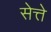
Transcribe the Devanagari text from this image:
सेत्ते